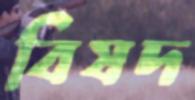
বিষদ